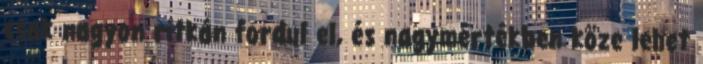
csak nagyon ritkán fordul el, és nagymértékben köze lehet